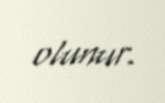
olunur.